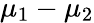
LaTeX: \mu_{1}-\mu_{2}